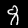
Digit: 8